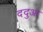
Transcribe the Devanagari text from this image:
ददुआ